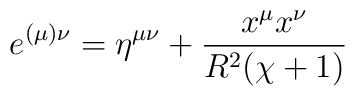
e^{(\mu) \nu}=\eta ^{\mu \nu}+\frac{x^{\mu}x^{\nu}}{R^{2}(\chi +1)}